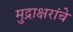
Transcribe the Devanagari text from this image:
मुद्राक्षरांचे